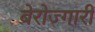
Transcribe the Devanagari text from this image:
बेरोज्गारी